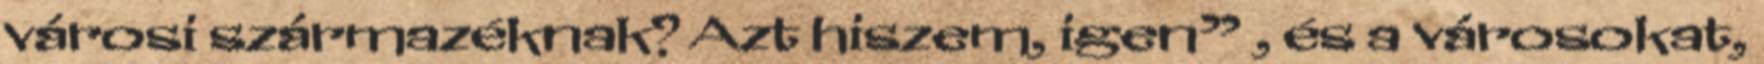
városi származéknak? Azt hiszem, igen” , és a városokat,